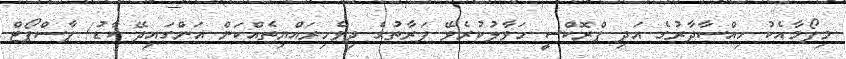
މިފޯމާއެކު ހިއްސާދާރުގެ އަދި ޕްރޮކްސީ ހަވާލުކުރެވޭ ފަރާތުގެ ދިވެހިރައްޔިތެއްކަން އަންގައިދޭ ކާޑު/ ޕާސްޕޯޓް